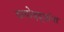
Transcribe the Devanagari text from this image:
वायोवृद्धांना